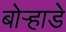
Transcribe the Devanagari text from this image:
बोर्‍हाडे